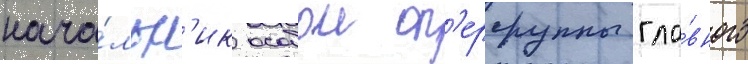
нача́льн'ик особои оп'ергруппы гла́вного